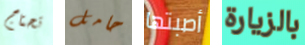
تحتاج حامل أصبتها بالزيارة